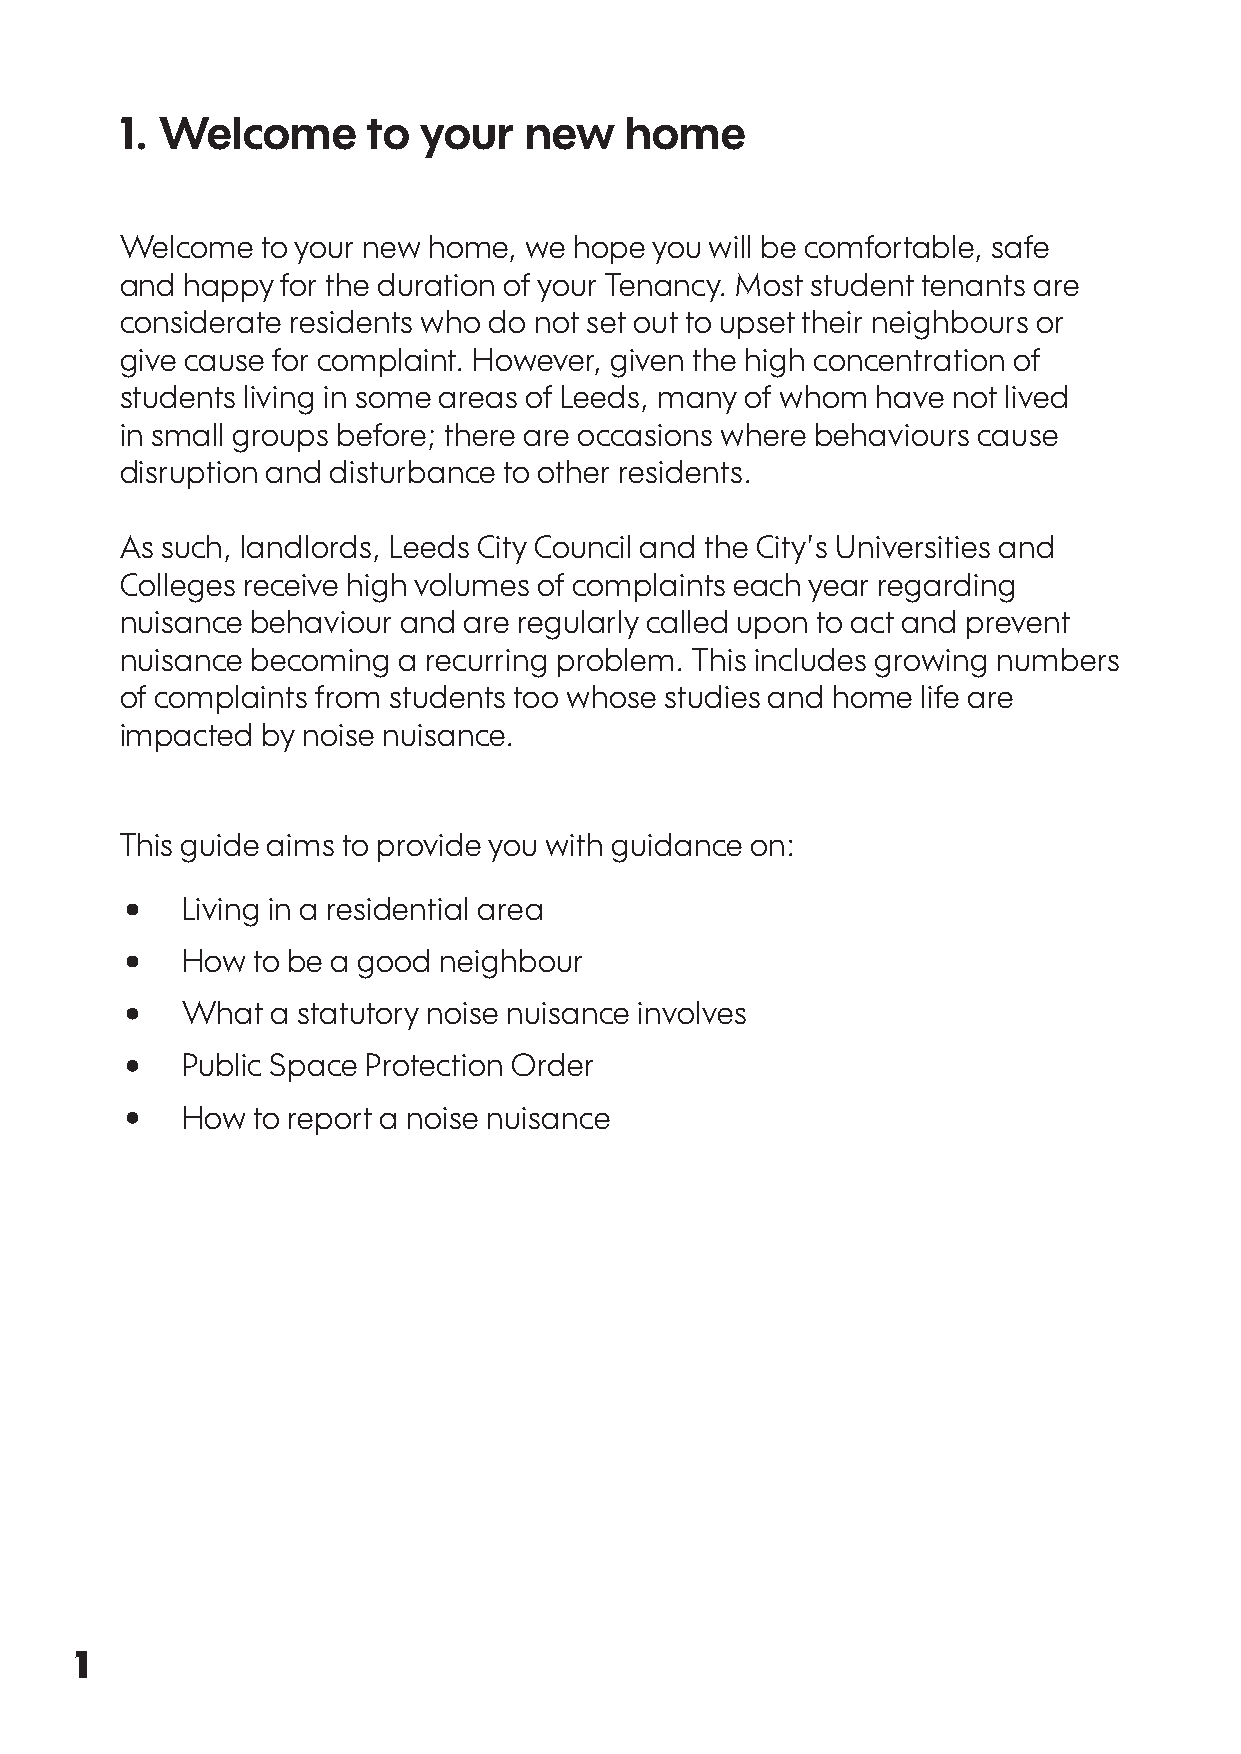
1. Welcome      to  your   new   home
 Welcome  to your new home, we hope you will be comfortable, safe
 and happy  for the duration of your Tenancy. Most student tenants are
 considerate residents who do not set out to upset their neighbours or
 give cause for complaint. However, given the high concentration of
 students living in some areas of Leeds, many of whom have not lived
 in small groups before; there are occasions where behaviours cause
 disruption and disturbance to other residents.
 As such, landlords, Leeds City Council and the City’s Universities and
 Colleges receive high volumes of complaints each year regarding
 nuisance behaviour and are regularly called upon to act and prevent
 nuisance becoming a recurring problem. This includes growing numbers
 of complaints from students too whose studies and home life are
 impacted by noise nuisance.
 This guide aims to provide you with guidance on:
 •
 Living in a residential area
 •
 How  to be a good neighbour
 •
 What  a statutory noise nuisance involves
 •
 Public Space Protection Order
 •
 How  to report a noise nuisance
 1